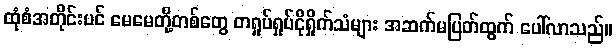
ထုံစံအတိုင်းပင် မေမေတို့တစ်တွေ တရှုပ်ရှုပ်ငိုရှိုက်သံများ အဆက်မပြတ်ထွက် ပေါ်လာသည်။